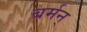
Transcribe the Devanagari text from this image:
बर्मन्